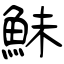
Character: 鮇